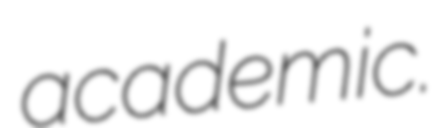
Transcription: academic.